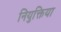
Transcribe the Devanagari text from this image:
नियुक्तिया